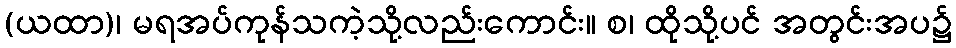
(ယထာ)၊ မရအပ်ကုန်သကဲ့သို့လည်းကောင်း။ စ၊ ထိုသို့ပင် အတွင်းအပ၌